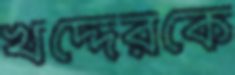
খদ্দেরকে